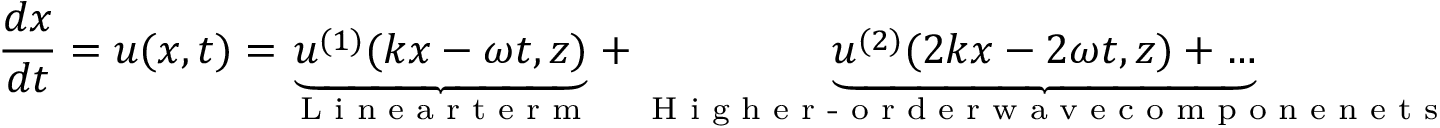
\frac { d \boldsymbol { x } } { d t } = \boldsymbol { u } ( \boldsymbol { x } , t ) = \underbrace { \boldsymbol { u } ^ { ( 1 ) } ( k x - \omega t , z ) } _ { \textnormal { L i n e a r t e r m } } + \underbrace { \boldsymbol { u } ^ { ( 2 ) } ( 2 k x - 2 \omega t , z ) + \ldots } _ { \textnormal { H i g h e r - o r d e r w a v e c o m p o n e n e t s } }